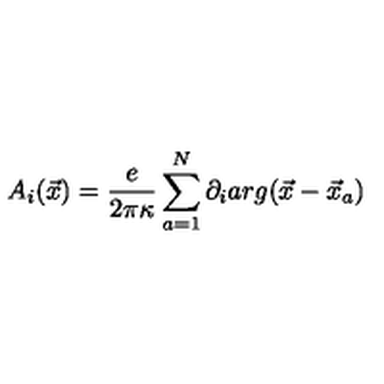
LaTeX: A _ { i } ( \vec { x } ) = \frac { e } { 2 \pi \kappa } \sum _ { a = 1 } ^ { N } \partial _ { i } a r g ( \vec { x } - \vec { x } _ { a } )